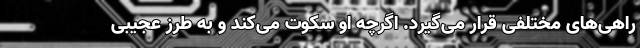
راهی‌های مختلفی قرار می‌گیرد. اگرچه او سکوت می‌کند و به طرز عجیبی